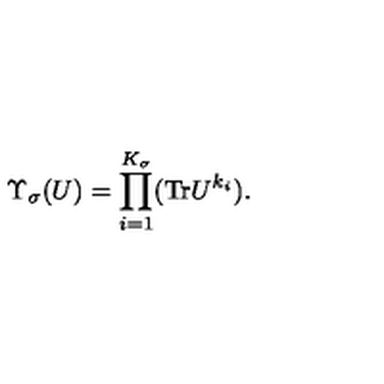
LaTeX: \Upsilon _ { \sigma } ( U ) = \prod _ { i = 1 } ^ { K _ { \sigma } } ( \mathrm { T r } U ^ { k _ { i } } ) .